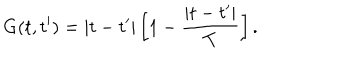
G ( t , t ^ { \prime } ) = \left| { t - t ^ { \prime } } \right| \left[ { 1 - \frac { { \left| { t - t ^ { \prime } } \right| } } { T } } \right] .